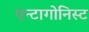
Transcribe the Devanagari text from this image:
एन्टागोनिस्ट